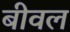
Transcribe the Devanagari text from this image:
बीवल